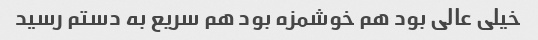
خیلی عالی بود هم خوشمزه بود هم سریع به دستم رسید